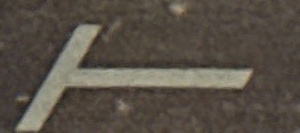
T